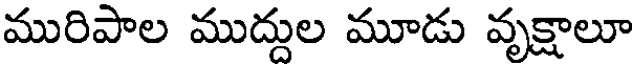
మురిపాల ముద్దుల మూడు వృక్షాలూ